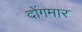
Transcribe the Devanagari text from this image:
दोंगमार